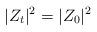
LaTeX: \begin{align*} |Z_t|^2 = |Z_0|^2\end{align*}